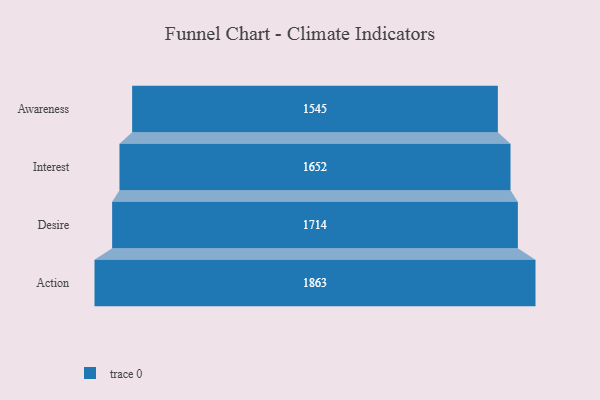
{"axis": {"x": "Stage", "y": "Value"}, "legend": [""], "data": [{"x": "Awareness", "y": 1545.0, "type": ""}, {"x": "Interest", "y": 1652.0, "type": ""}, {"x": "Desire", "y": 1714.0, "type": ""}, {"x": "Action", "y": 1863.0, "type": ""}]}